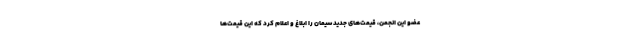
عضو این انجمن، قیمت‌های جدید سیمان را ابلاغ و اعلام کرد که این قیمت‌ها